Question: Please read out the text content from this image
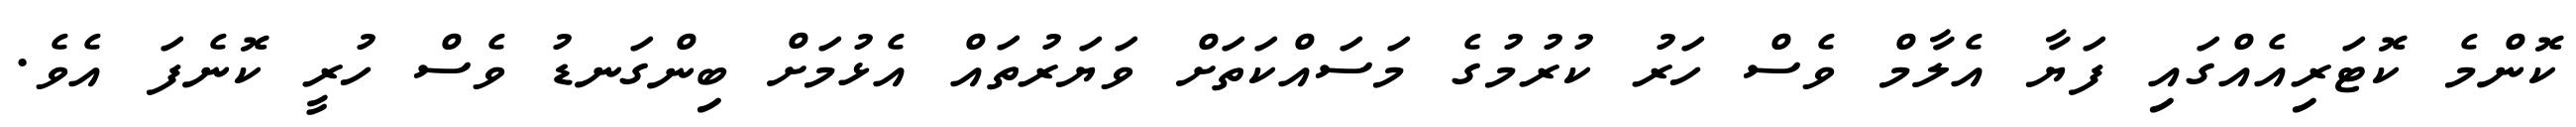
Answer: ކޮންމެ ކޮޓަރިއެއްގައި ފަޔާ އެލާމް ވެސް ހަރު ކުރުމުގެ މަސައްކަތަށް ވަޔަރުތައް އެޅުމަށް ބިންގަނޑު ވެސް ހުރީ ކޮނެފަ އެވެ.